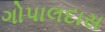
ગોપાલદાસ